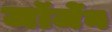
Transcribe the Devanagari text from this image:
जॉर्जेन